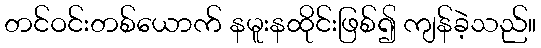
တင်ဝင်းတစ်ယောက် နမူးနထိုင်းဖြစ်၍ ကျန်ခဲ့သည်။